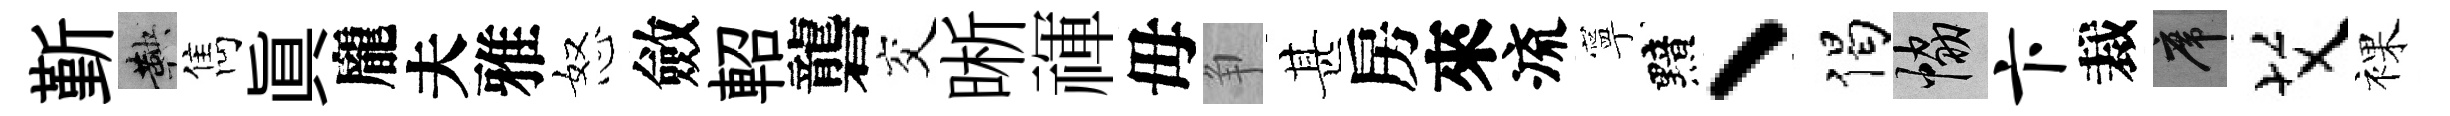
斳鞅雋眞龐夫雅怒斂軺礱交晰禈毋争甚房來流寧黯、偈協卞裁席艾裸